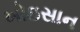
ખોઇસાન